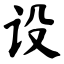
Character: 设